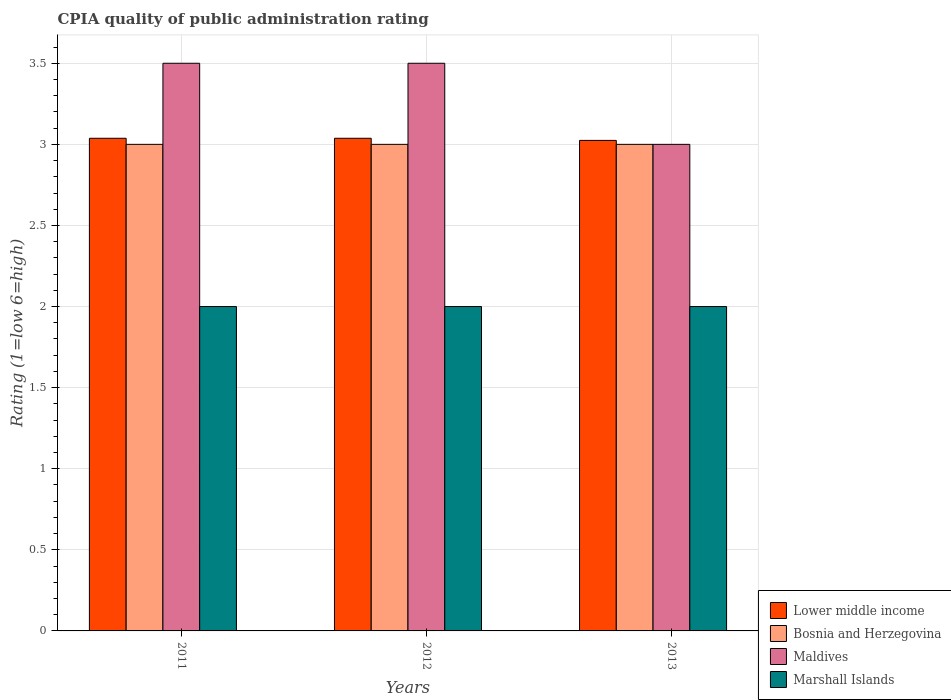
| Years | Lower middle income | Bosnia and Herzegovina | Maldives | Marshall Islands |
 | --- | --- | --- | --- | --- |
 | 2011 | 3.04 | 3 | 3.5 | 2 |
 | 2012 | 3.04 | 3 | 3.5 | 2 |
 | 2013 | 3.02 | 3 | 3 | 2 |